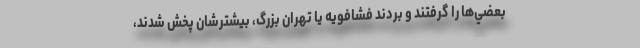
بعضي‌ها را گرفتند و بردند فشافويه يا تهران بزرگ، بيشترشان پخش شدند،